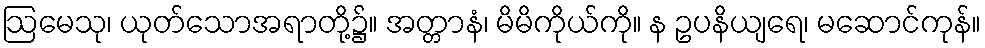
ဩမေသု၊ ယုတ်သောအရာတို့၌။ အတ္တာနံ၊ မိမိကိုယ်ကို။ န ဥပနိယျရေ၊ မဆောင်ကုန်။